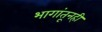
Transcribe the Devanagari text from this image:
भागांतूनही